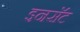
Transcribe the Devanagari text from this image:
इनसॅट